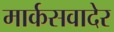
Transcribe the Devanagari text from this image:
मार्कसवादेर